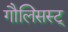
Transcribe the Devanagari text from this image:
गौलिसस्ट्